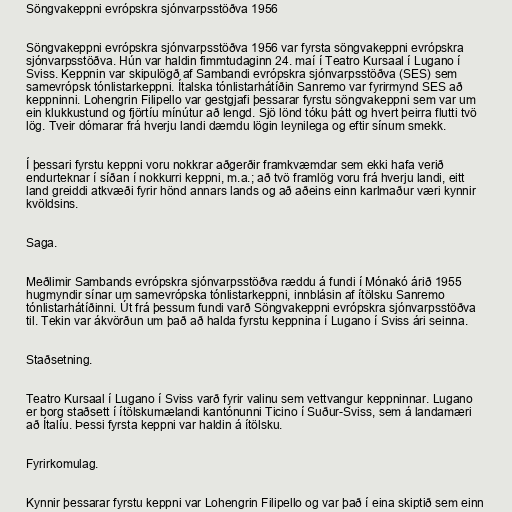
Söngvakeppni evrópskra sjónvarpsstöðva 1956

Söngvakeppni evrópskra sjónvarpsstöðva 1956 var fyrsta söngvakeppni evrópskra
sjónvarpsstöðva. Hún var haldin fimmtudaginn 24. maí í Teatro Kursaal í Lugano í
Sviss. Keppnin var skipulögð af Sambandi evrópskra sjónvarpsstöðva (SES) sem
samevrópsk tónlistarkeppni. Ítalska tónlistarhátíðin Sanremo var fyrirmynd SES að
keppninni. Lohengrin Filipello var gestgjafi þessarar fyrstu söngvakeppni sem var um
ein klukkustund og fjörtíu mínútur að lengd. Sjö lönd tóku þátt og hvert þeirra flutti tvö
lög. Tveir dómarar frá hverju landi dæmdu lögin leynilega og eftir sínum smekk.

Í þessari fyrstu keppni voru nokkrar aðgerðir framkvæmdar sem ekki hafa verið
endurteknar í síðan í nokkurri keppni, m.a.; að tvö framlög voru frá hverju landi, eitt
land greiddi atkvæði fyrir hönd annars lands og að aðeins einn karlmaður væri kynnir
kvöldsins.

Saga.

Meðlimir Sambands evrópskra sjónvarpsstöðva ræddu á fundi í Mónakó árið 1955
hugmyndir sínar um samevrópska tónlistarkeppni, innblásin af ítölsku Sanremo
tónlistarhátíðinni. Út frá þessum fundi varð Söngvakeppni evrópskra sjónvarpsstöðva
til. Tekin var ákvörðun um það að halda fyrstu keppnina í Lugano í Sviss ári seinna.

Staðsetning.

Teatro Kursaal í Lugano í Sviss varð fyrir valinu sem vettvangur keppninnar. Lugano
er borg staðsett í ítölskumælandi kantónunni Ticino í Suður-Sviss, sem á landamæri
að Ítalíu. Þessi fyrsta keppni var haldin á ítölsku.

Fyrirkomulag.

Kynnir þessarar fyrstu keppni var Lohengrin Filipello og var það í eina skiptið sem einn